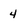
Character: 4